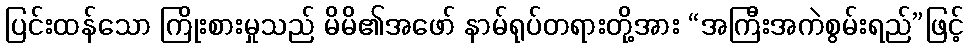
ပြင်းထန်သော ကြိုးစားမှုသည် မိမိ၏အဖော် နာမ်ရုပ်တရားတို့အား “အကြီးအကဲစွမ်းရည်”ဖြင့်